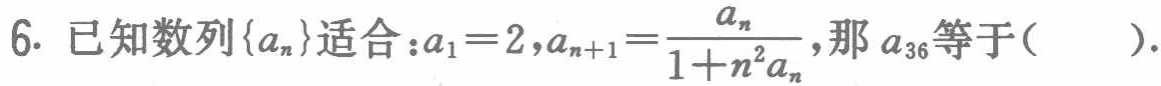
6. 已知数列\(\{a_{n}\}\)适合：\(a_{1}=2,a_{n + 1}=\frac{a_{n}}{1 + n^{2}a_{n}}\)，那\(a_{36}\)等于( ).